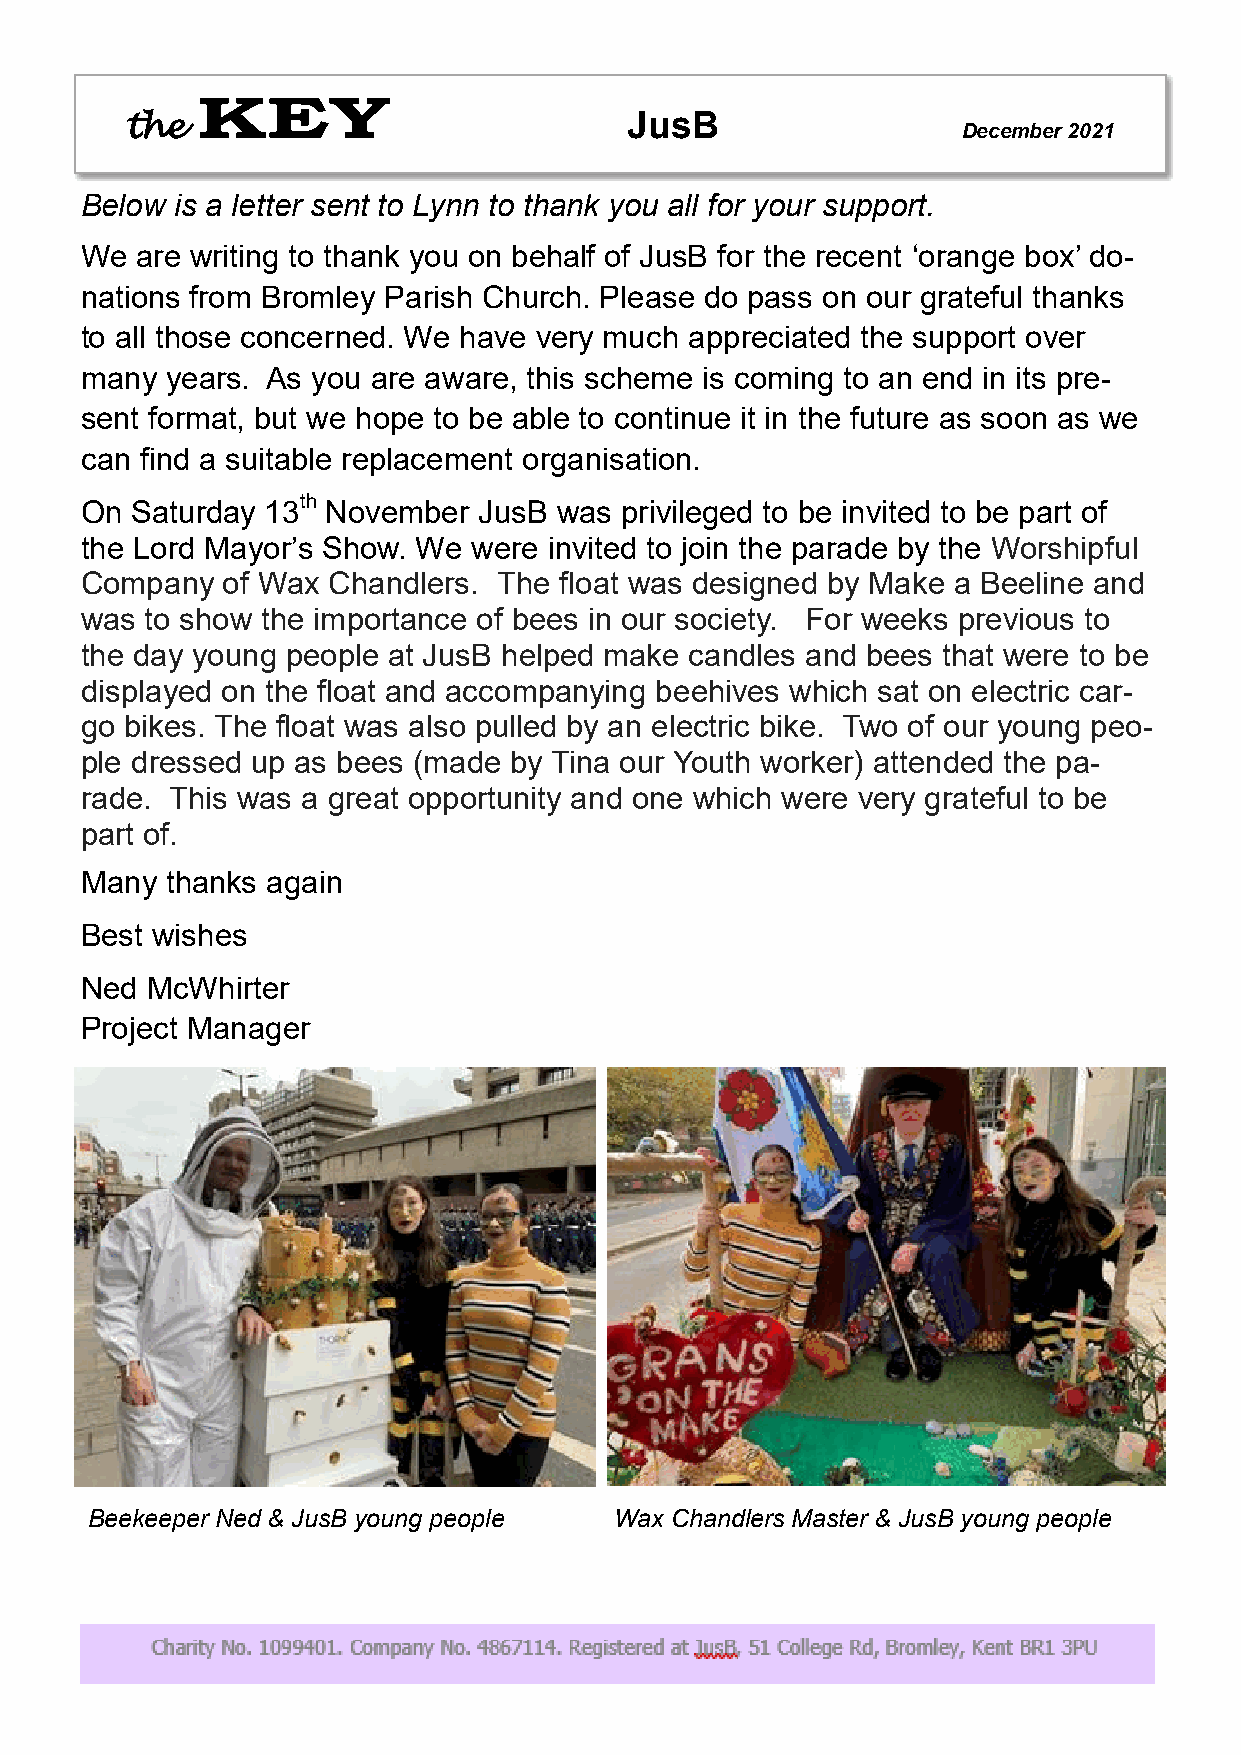
JusB
 the                                                     December 2021
 Below  is a letter sent to Lynn to thank you all for your support.
 We  are writing to thank you on behalf of JusB for the recent ‘orange box’ do-
 nations from Bromley Parish Church. Please do pass on our grateful thanks
 to all those concerned. We have very much appreciated the support over
 many  years. As you are aware, this scheme is coming to an end in its pre-
 sent format, but we hope to be able to continue it in the future as soon as we
 can find a suitable replacement organisation.
 On  Saturday 13th November JusB was privileged to be invited to be part of
 the Lord Mayor’s Show. We were invited to join the parade by the Worshipful
 Company   of Wax Chandlers. The float was designed by Make a Beeline and
 was  to show the importance of bees in our society. For weeks previous to
 the day young people at JusB helped make candles and bees that were to be
 displayed on the float and accompanying beehives which sat on electric car-
 go bikes. The float was also pulled by an electric bike. Two of our young peo-
 ple dressed up as bees (made by Tina our Youth worker) attended the pa-
 rade. This was a great opportunity and one which were very grateful to be
 part of.
 Many  thanks again
 Best wishes
 Ned  McWhirter
 Project Manager
 Beekeeper Ned & JusB young people  Wax Chandlers Master & JusB young people